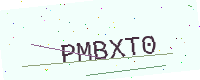
Text: PMBXT0